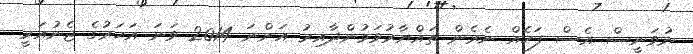
ނުވަނީސް އެސް ފަހެއް ނެރެން ތައްޔާރުވަމުންދާއިރު އަންނަ 2014 ވަނަ އަހަރުގެ ޖެނުއަރީ